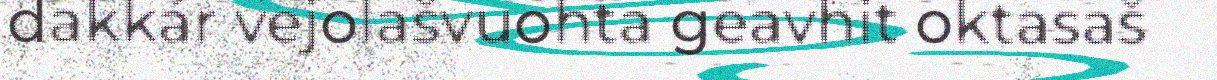
dakkár vejolašvuohta geavhit oktasaš